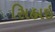
સિહાઇ